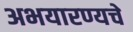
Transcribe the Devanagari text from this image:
अभयारण्यचे